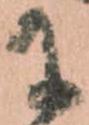
に